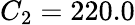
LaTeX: C_{2}=220.0